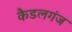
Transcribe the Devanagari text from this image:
कैडलगंज